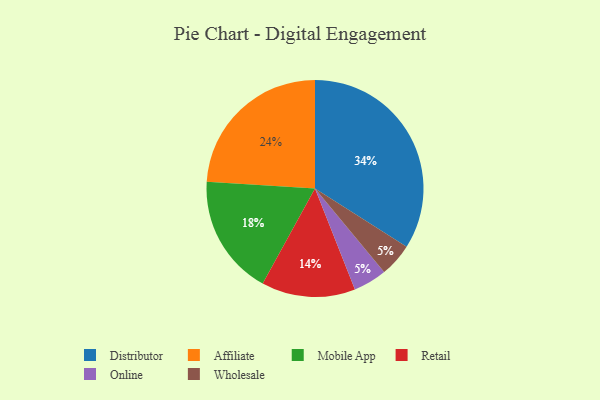
{"axis": {"x": "Category", "y": "Percentage"}, "legend": ["Affiliate", "Distributor", "Mobile App", "Online", "Retail", "Wholesale"], "data": [{"x": "Affiliate", "y": 24, "type": "Affiliate"}, {"x": "Mobile App", "y": 18, "type": "Mobile App"}, {"x": "Online", "y": 5, "type": "Online"}, {"x": "Distributor", "y": 34, "type": "Distributor"}, {"x": "Retail", "y": 14, "type": "Retail"}, {"x": "Wholesale", "y": 5, "type": "Wholesale"}]}